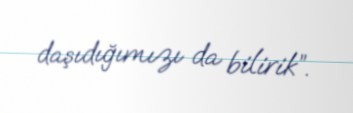
daşıdığımızı da bilirik”.